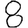
Digit: 8